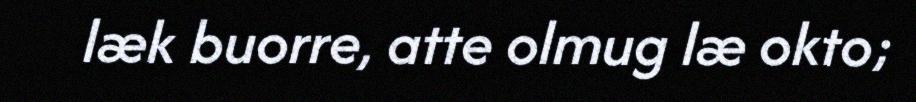
læk buorre, atte olmug læ okto;